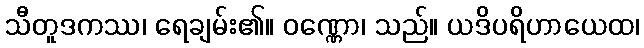
သီတူဒကဿ၊ ရေချမ်း၏။ ဝဏ္ဏော၊ သည်။ ယဒိပရိဟာယေထ၊